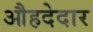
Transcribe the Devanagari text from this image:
औहदेदार